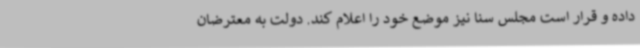
داده و قرار است مجلس سنا نیز موضع خود را اعلام کند. دولت به معترضان